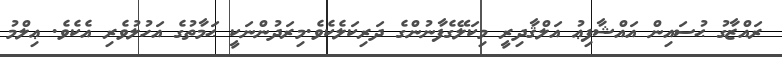
ރައްޒާގު ޙުސައިން އައްޝާފިޢު އަލްޤާދިރީ މިކަލޭގެފާނުންގެ ދަރިކަލެކެވެ.މިރަދުންނަކީ ޙަމާތުގެ އަހުލުވެރި އެކެވެ. ޢިލްމު